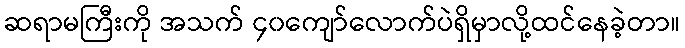
ဆရာမကြီးကို အသက် ၄၀ကျော်လောက်ပဲရှိမှာလို့ထင်နေခဲ့တာ။